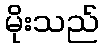
မိုးသည်